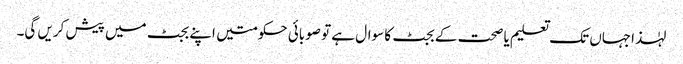
لہٰذاجہاں تک تعلیم یا صحت کے بجٹ کا سوال ہے تو صوبائی حکومتیں اپنے بجٹ میں پیش کریں گی۔